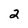
Character: 2